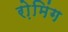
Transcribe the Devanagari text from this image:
रो़मिंग